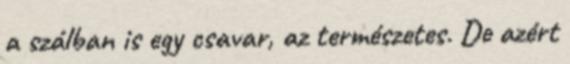
a szálban is egy csavar, az természetes. De azért